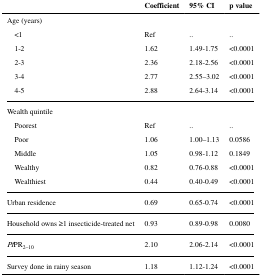
|  | Coefficient | 95% CI | p value |
 | --- | --- | --- | --- |
 | <COLSPAN=4> Age (years) |
 | <1 | Ref | .. | .. |
 | 1-2 | 1.62 | 1.49-1.75 | <0.0001 |
 | 2-3 | 2.36 | 2.18-2.56 | <0.0001 |
 | 3-4 | 2.77 | 2.55–3.02 | <0.0001 |
 | 4-5 | 2.88 | 2.64-3.14 | <0.0001 |
 | <COLSPAN=4> Wealth quintile |
 | Poorest | Ref | .. | .. |
 | Poor | 1.06 | 1.00–1.13 | 0.0586 |
 | Middle | 1.05 | 0.98-1.12 | 0.1849 |
 | Wealthy | 0.82 | 0.76-0.88 | <0.0001 |
 | Wealthiest | 0.44 | 0.40-0.49 | <0.0001 |
 | Urban residence | 0.69 | 0.65-0.74 | <0.0001 |
 | Household owns ≥1 insecticide-treated net | 0.93 | 0.89-0.98 | 0.0080 |
 | PfPR2–10 | 2.10 | 2.06-2.14 | <0.0001 |
 | Survey done in rainy season | 1.18 | 1.12-1.24 | <0.0001 |